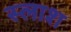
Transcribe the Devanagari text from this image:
स्लाश